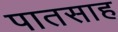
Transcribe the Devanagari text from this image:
पातसाह